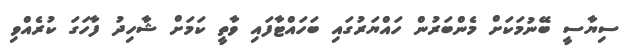
ސިޔާސީ ބޭނުމަކަށް މެންބަރުން ހައްޔަރުގައި ބަހައްޓާފައި ވާތީ ކަމަށް ޝާހިދު ފާހަގަ ކުރެއްވި